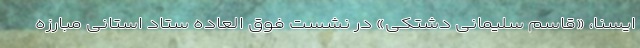
ایسنا، «قاسم سلیمانی دشتکی» در نشست فوق العاده ستاد استانی مبارزه